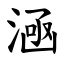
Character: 㴠